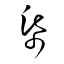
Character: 帋